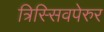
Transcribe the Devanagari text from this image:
त्रिस्सिवपेरुर